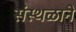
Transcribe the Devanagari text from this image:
संस्थळाने